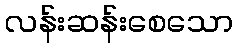
လန်းဆန်းစေသော